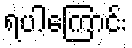
ရပါကြောင်း